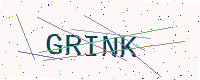
Text: GRINK